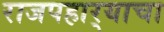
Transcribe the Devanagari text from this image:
राजपहार्‍याचा